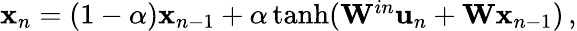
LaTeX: \begin{array}{r}{{\mathbf x}_{n}=(1-\alpha){\mathbf x}_{n-1}+\alpha\operatorname{tanh}({\mathbf W}^{in}{\mathbf u}_{n}+{\mathbf W}{\mathbf x}_{n-1})\, ,}\end{array}